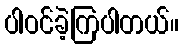
ပါဝင်ခဲ့ကြပါတယ်။